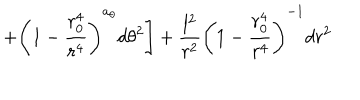
LaTeX: \left. + \left( 1 - \frac { r _ { 0 } ^ { 4 } } { r ^ { 4 } } \right) ^ { a _ { \theta } } d \theta ^ { 2 } \right] + \frac { l ^ { 2 } } { r ^ { 2 } } \left( 1 - \frac { r _ { 0 } ^ { 4 } } { r ^ { 4 } } \right) ^ { - 1 } d r ^ { 2 }